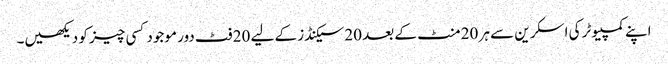
اپنے کمپیوٹر کی اسکرین سے ہر 20 منٹ کے بعد 20 سیکنڈز کے لیے 20 فٹ دور موجود کسی چیز کو دیکھیں۔